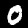
Digit: 0